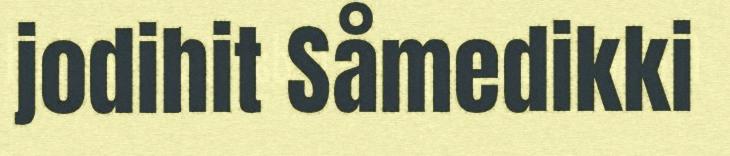
jodihit Såmedikki